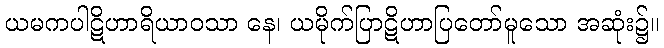
ယမကပါဋိဟာရိယာဝသာ နေ၊ ယမိုက်ပြာဋိဟာပြတော်မူသော အဆုံး၌။